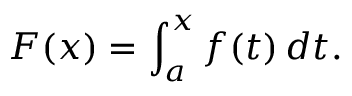
F ( x ) = \int _ { a } ^ { x } f ( t ) \, d t .